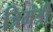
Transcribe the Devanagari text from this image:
त्रिमंत्री